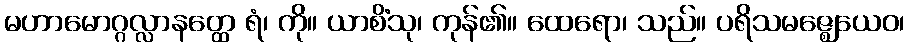
မဟာမောဂ္ဂလ္လာနတ္ထေ ရံ၊ ကို။ ယာစိံသု၊ ကုန်၏။ ထေရော၊ သည်။ ပရိသမဇ္ဈေယေဝ၊